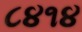
૮૪૧૪